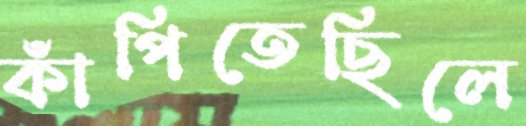
কাঁপিতেছিলে